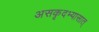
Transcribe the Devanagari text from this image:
असकृदभ्यासात्‌